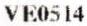
VE0514